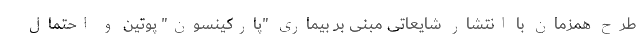
طرح همزمان با انتشار شایعاتی مبنی بر بیماری "پارکینسون" پوتین و احتمال